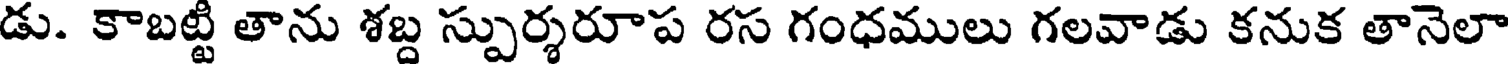
డు. కాబట్టి తాను శబ్ద స్పుర్శరూప రస గంధములు గలవాడు కనుక తానెలా